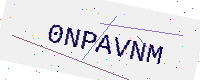
Text: 0NPAVNM